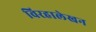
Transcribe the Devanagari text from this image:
विरहालेखन